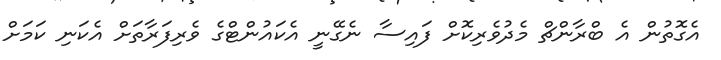
އެގޮތުން އެ ބްރާންޗް މެދުވެރިކޮށް ފައިސާ ނެގޭނީ އެކައުންޓްގެ ވެރިފަރާތަށް އެކަނި ކަމަށް